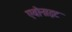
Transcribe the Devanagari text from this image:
एवोनाइट